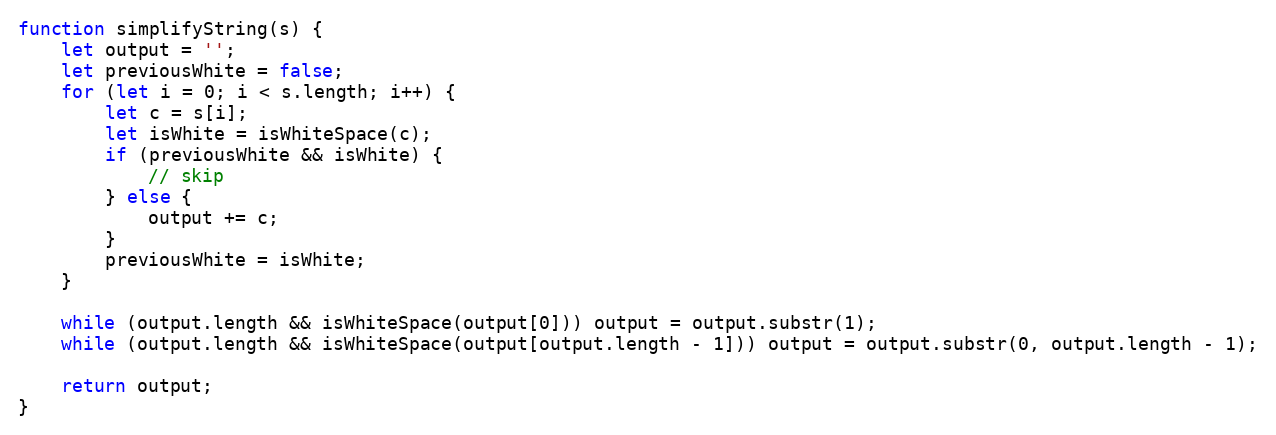
Language: JavaScript
function simplifyString(s) {
	let output = '';
	let previousWhite = false;
	for (let i = 0; i < s.length; i++) {
		let c = s[i];
		let isWhite = isWhiteSpace(c);
		if (previousWhite && isWhite) {
			// skip
		} else {
			output += c;
		}
		previousWhite = isWhite;
	}

	while (output.length && isWhiteSpace(output[0])) output = output.substr(1);
	while (output.length && isWhiteSpace(output[output.length - 1])) output = output.substr(0, output.length - 1);

	return output;
}